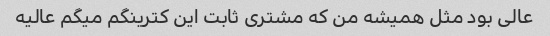
عالی بود مثل همیشه من که مشتری ثابت این کترینگم میگم عالیه